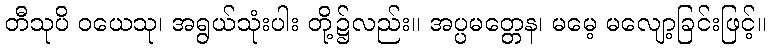
တီသုပိ ဝယေသု၊ အရွယ်သုံးပါး တို့၌လည်း။ အပ္ပမတ္တေန၊ မမေ့ မလျော့ခြင်းဖြင့်။